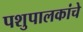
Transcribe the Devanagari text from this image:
पशुपालकांचे